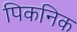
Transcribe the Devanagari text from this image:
पिकनिक